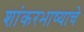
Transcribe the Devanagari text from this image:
शांकरभाष्याचे